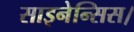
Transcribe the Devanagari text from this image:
साइनेन्सिस।